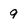
Character: 9